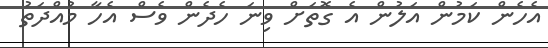
އެހެން ކަމުން އަލުން އެ ގޮތަށް ވިނަ ހެދެން ވެސް އެހާ މުއްދަތު